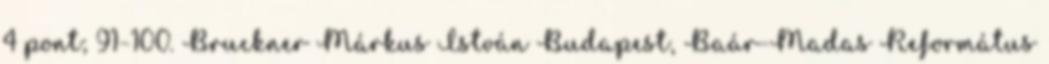
4 pont; 91–100. Bruckner Márkus István Budapest, Baár-Madas Református